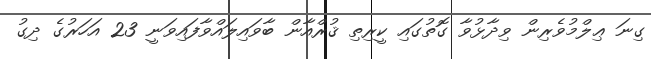
ގިނަ ޢިލްމުވެރިން ވިދާޅުވާ ގޮތުގައި ކީރިތި ޤުރްއާން ބާވައިލައްވާފައިވަނީ 23 އަހަރުގެ ދިގު